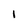
Character: I